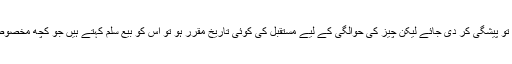
جب قیمت کی مکمل ادائیگی تو پیشگی کر دی جائے لیکن چیز کی حوالگی کے لیے مستقبل کی کوئی تاریخ مقرر ہو تو اس کو بیع سَلَم کہتے ہیں جو کچھ مخصوص شرائط کے ساتھ جائزہے۔